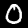
Digit: 0